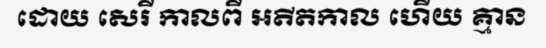
ដោយ សេរី កាលពី អតីតកាល ហើយ គ្មាន